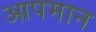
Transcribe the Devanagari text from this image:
आपमान